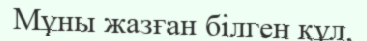
Мұны жазған білген құл,